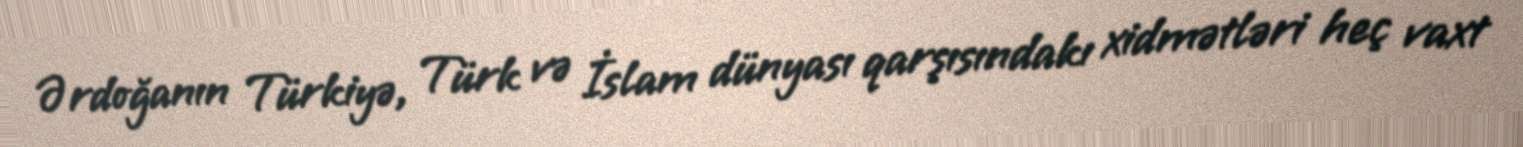
Ərdoğanın Türkiyə, Türk və İslam dünyası qarşısındakı xidmətləri heç vaxt